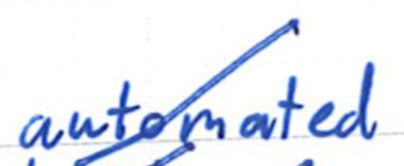
Text: automated
Cross-out: diagonal
Writing tool: ballpoint